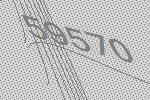
59570